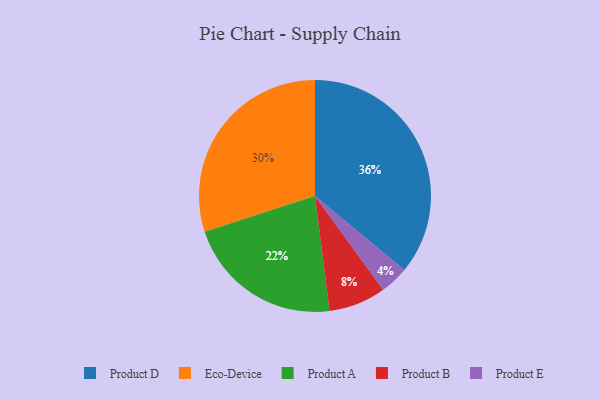
{"axis": {"x": "Category", "y": "Percentage"}, "legend": ["Eco-Device", "Product A", "Product B", "Product D", "Product E"], "data": [{"x": "Eco-Device", "y": 30, "type": "Eco-Device"}, {"x": "Product E", "y": 4, "type": "Product E"}, {"x": "Product D", "y": 36, "type": "Product D"}, {"x": "Product A", "y": 22, "type": "Product A"}, {"x": "Product B", "y": 8, "type": "Product B"}]}